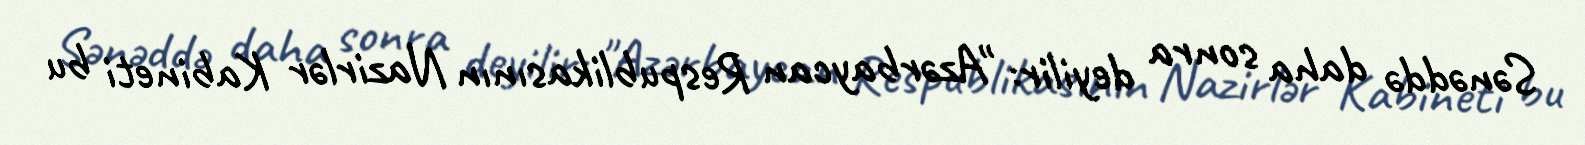
Sənəddə daha sonra deyilir: "Azərbaycan Respublikasının Nazirlər Kabineti bu